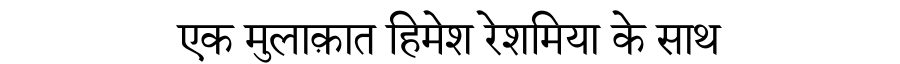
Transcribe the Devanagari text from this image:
एक मुलाक़ात हिमेश रेशमिया के साथ